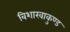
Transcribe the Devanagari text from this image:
विशाखाकुण्ड